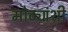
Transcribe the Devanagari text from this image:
मोठ्यांशी